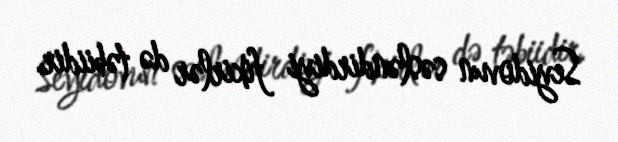
Seyidovun səsləndirdiyi fikirlər də təbiidir.